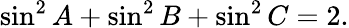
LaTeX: \displaystyle\sin^{2}{A}+\sin^{2}{B}+\sin^{2}{C}=2.